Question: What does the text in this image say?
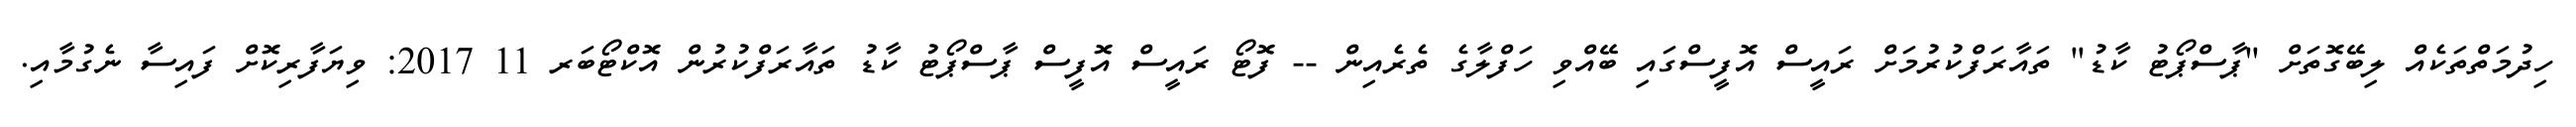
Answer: ހިދުމަތްތަކެއް ލިބޭގޮތަށް "ޕާސްޕޯޓު ކާޑު" ތައާރަފްކުރުމަށް ރައީސް އޮފީސްގައި ބޭއްވި ހަފްލާގެ ތެރެއިން -- ފޮޓޯ ރައީސް އޮފީސް ޕާސްޕޯޓު ކާޑު ތައާރަފްކުރުން އޮކްޓޯބަރ 11 2017: ވިޔަފާރިކޮށް ފައިސާ ނެގުމާއި.